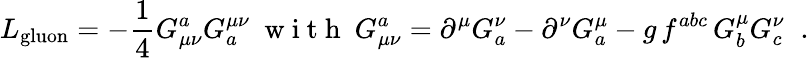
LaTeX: L_{\mathrm{gluon}}=-\frac{1}{4}G_{\mu\nu}^{a}G_{a}^{\mu\nu}\newline\mathrm{~\ w~i~t~h~\ }G_{\mu\nu}^{a}=\partial^{\mu}G_{a}^{\nu}-\partial^{\nu}G_{a}^{\mu}-g\, f^{abc}\, G_{b}^{\mu}G_{c}^{\nu}\; \; .